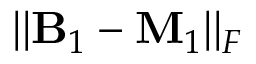
| | \mathbf { B } _ { 1 } - \mathbf { M } _ { 1 } | | _ { F }